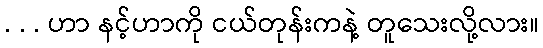
. . . ဟာ နင့်ဟာကို ငယ်တုန်းကနဲ့ တူသေးလို့လား။